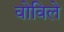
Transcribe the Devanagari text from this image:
वोविले